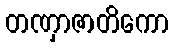
တဏှာဇာတိကော